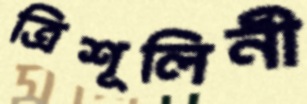
ত্রিশূলিনী